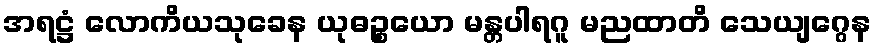
အရဋ္ဌံ လောကိယသုခေန ယုဓဉ္စယော မန္တပါရဂူ မညထာတိ သေယျဂ္ဂေန